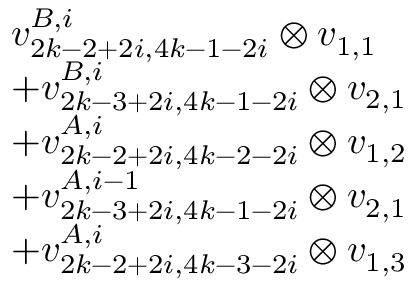
\begin{array} { r l } & { v _ { 2 k - 2 + 2 i , 4 k - 1 - 2 i } ^ { B , i } \otimes v _ { 1 , 1 } } \\ & { + v _ { 2 k - 3 + 2 i , 4 k - 1 - 2 i } ^ { B , i } \otimes v _ { 2 , 1 } } \\ & { + v _ { 2 k - 2 + 2 i , 4 k - 2 - 2 i } ^ { A , i } \otimes v _ { 1 , 2 } } \\ & { + v _ { 2 k - 3 + 2 i , 4 k - 1 - 2 i } ^ { A , i - 1 } \otimes v _ { 2 , 1 } } \\ & { + v _ { 2 k - 2 + 2 i , 4 k - 3 - 2 i } ^ { A , i } \otimes v _ { 1 , 3 } } \end{array}